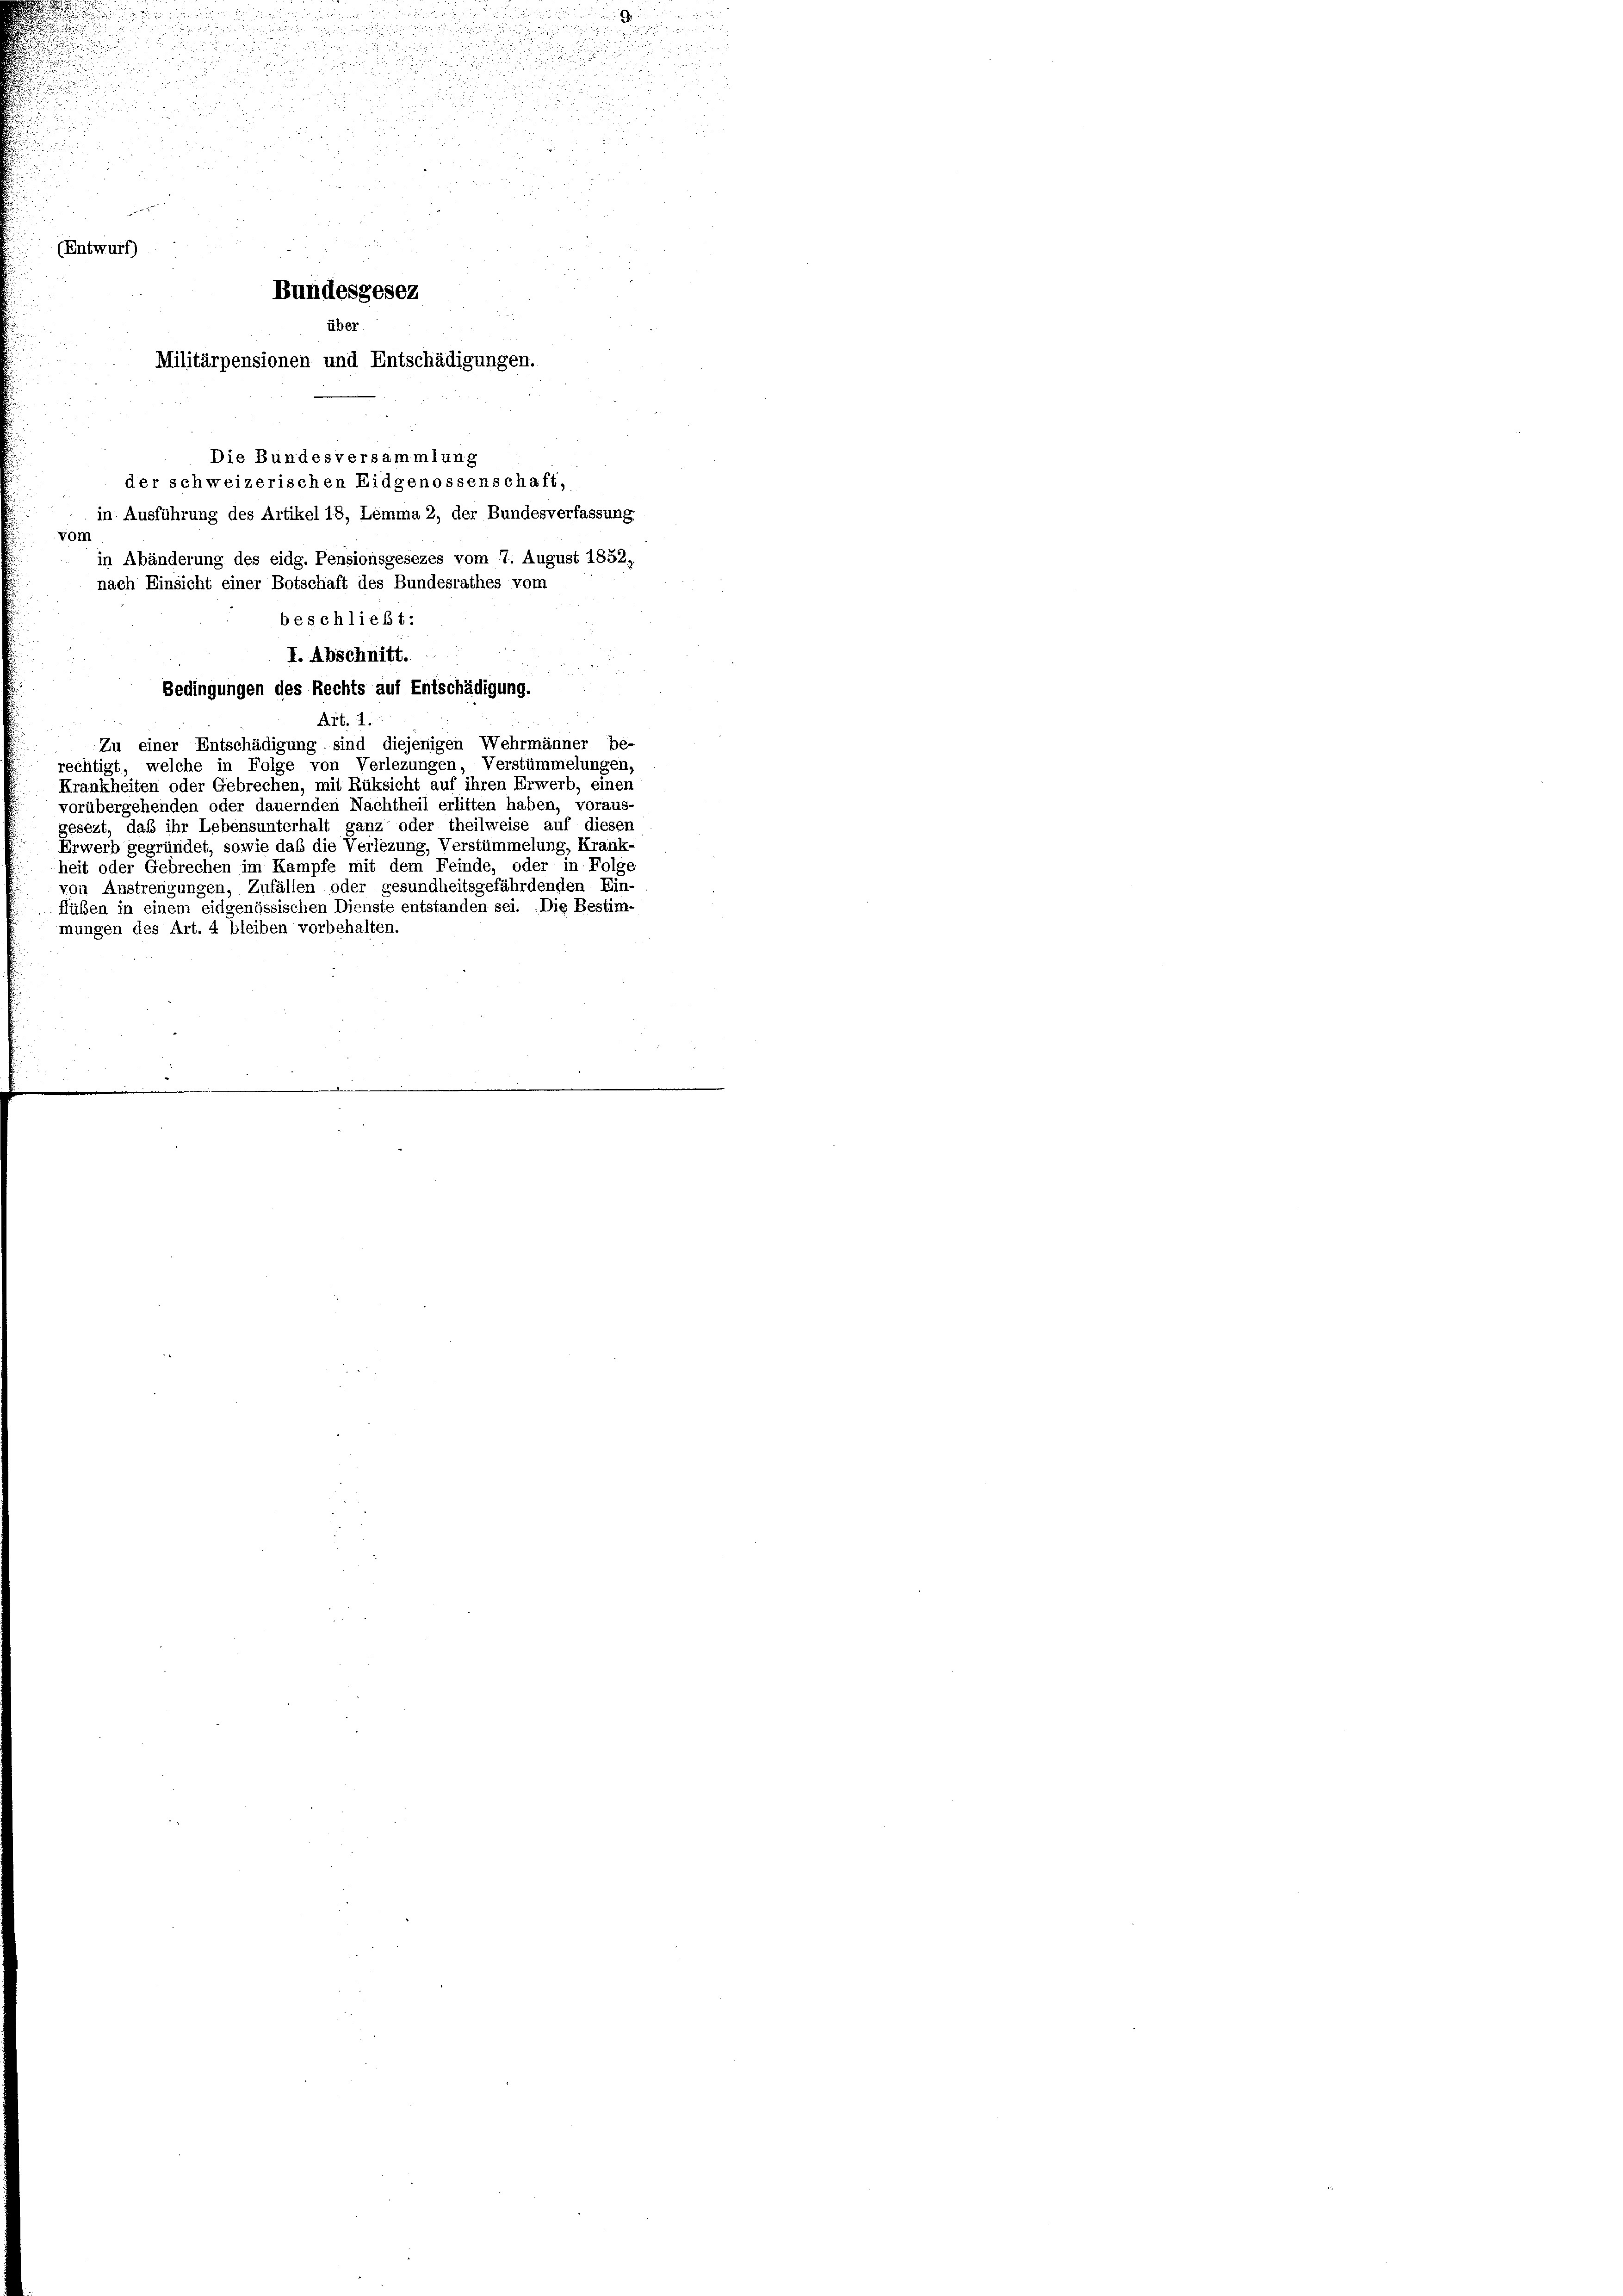
.

d

2
s

(Entwurf)

die
u

d

.

Bundesgesez
über
Militärpensionen und Entschädigungen.
Die Bundesversammlung
der schweizerischen Eidgenossenschaft,
in Ausführung des Artikel 18, Lemma 2, der Bundesverfassung.
in Abänderung des eidg. Pensionsgesezes vom 7. August 1852,
nach Einsicht einer Botschaft des Bundesrathes vom
beschließt:

n

vom
I. Abschnitt.
Bedingungen des Rechts auf Entschädigung.
Art. 1.
Zu einer Entschädigung sind diejenigen Wehrmänner be-
rechtigt, welche in Folge von Verlezungen, Verstümmelungen,
Krankheiten oder Gebrechen, mit Rüksicht auf ihren Erwerb, einen
vorübergehenden oder dauernden Nachtheil erlitten haben, voraus-
gesezt, daß ihr Lebensunterhalt ganz oder theilweise auf diesen
Erwerb gegründet, sowie daß die Verlezung, Verstümmelung, Krank-
heit oder Gebrechen im Kampfe mit dem Feinde, oder in Folge
von Anstrengungen, Zufällen oder gesundheitsgefährdenden Ein-
flüßen in einem eidgenössischen Dienste entstanden sei. Die Bestim-
mungen des Art. 4 bleiben vorbehalten.